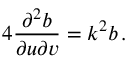
4 \frac { \partial ^ { 2 } b } { \partial u \partial v } = k ^ { 2 } b \, .